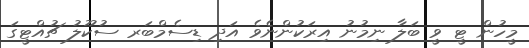
މީހުން ޓީ ވީ ބަލާ ނިމުނު އިރަކުންނެވެ އަދި ޑިސެމްބަރ ސުކޫލު ޗުއްޓީގަ